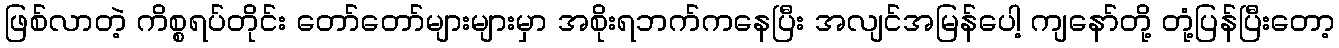
ဖြစ်လာတဲ့ ကိစ္စရပ်တိုင်း တော်တော်များများမှာ အစိုးရဘက်ကနေပြီး အလျင်အမြန်ပေါ့ ကျနော်တို့ တုံ့ပြန်ပြီးတော့